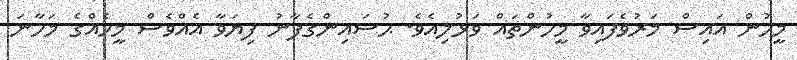
މީހުން އައިސް މަރުވެފައިވާ މީހުންތައް ވަޅުލިއެވެ. ޙުސައިންގެފާނު ފިޔަވާ އެއްވެސް މީހެއްގެ މަހާނަ